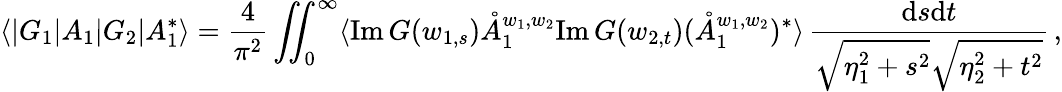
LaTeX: \langle|G_{1}|A_{1}|G_{2}|A_{1}^{*}\rangle=\frac{4}{\pi^{2}}\iint_{0}^{\infty}\langle\mathrm{Im}\, G(w_{1,s})\mathring{A}_{1}^{w_{1},w_{2}}\mathrm{Im}\, G(w_{2,t})(\mathring{A}_{1}^{w_{1},w_{2}})^{*}\rangle\, \frac{\mathrm{d}s\mathrm{d}t}{\sqrt{\eta_{1}^{2}+s^{2}}\sqrt{\eta_{2}^{2}+t^{2}}}\, ,